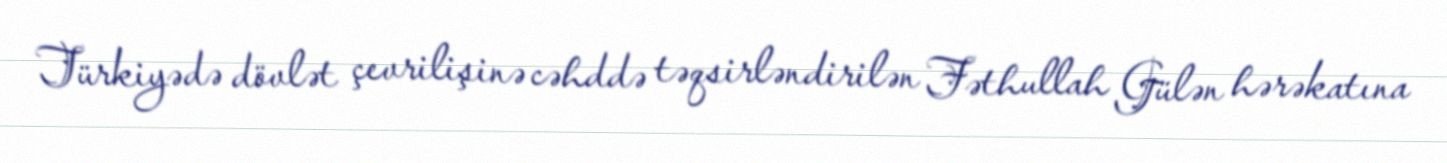
Türkiyədə dövlət çevrilişinə cəhddə təqsirləndirilən Fəthullah Gülən hərəkatına